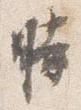
時